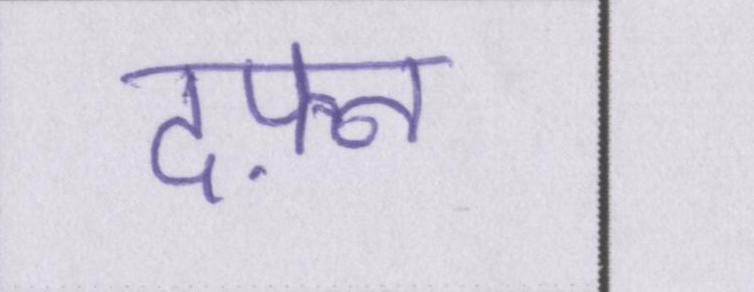
दफ़्न